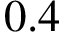
0 . 4